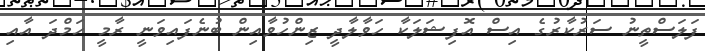
ފަލަސްތީނު ސަރުކާރުގެ އިސް އޮފިޝަލަކާ ހަވާލާދީ ޒިންހުވާއިން ބުނެފައިވަނީ ރާމީ ހަމްދަ އާއި